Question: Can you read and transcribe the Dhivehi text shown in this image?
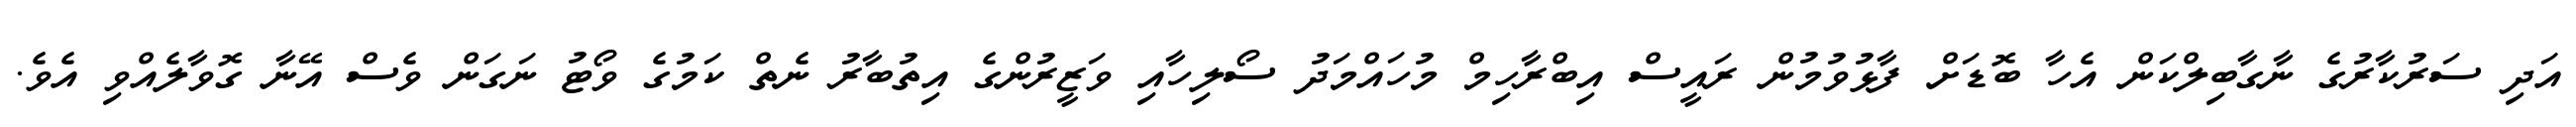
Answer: އަދި ސަރުކާރުގެ ނާގާބިލްކަން އެހާ ބޮޑަށް ފާޅުވުމުން ރައީސް އިބްރާހިމް މުހައްމަދު ސޯލިހާއި ވަޒީރުންގެ އިތުބާރު ނެތް ކަމުގެ ވޯޓު ނަގަން ވެސް އޭނާ ގޮވާލެއްވި އެވެ.